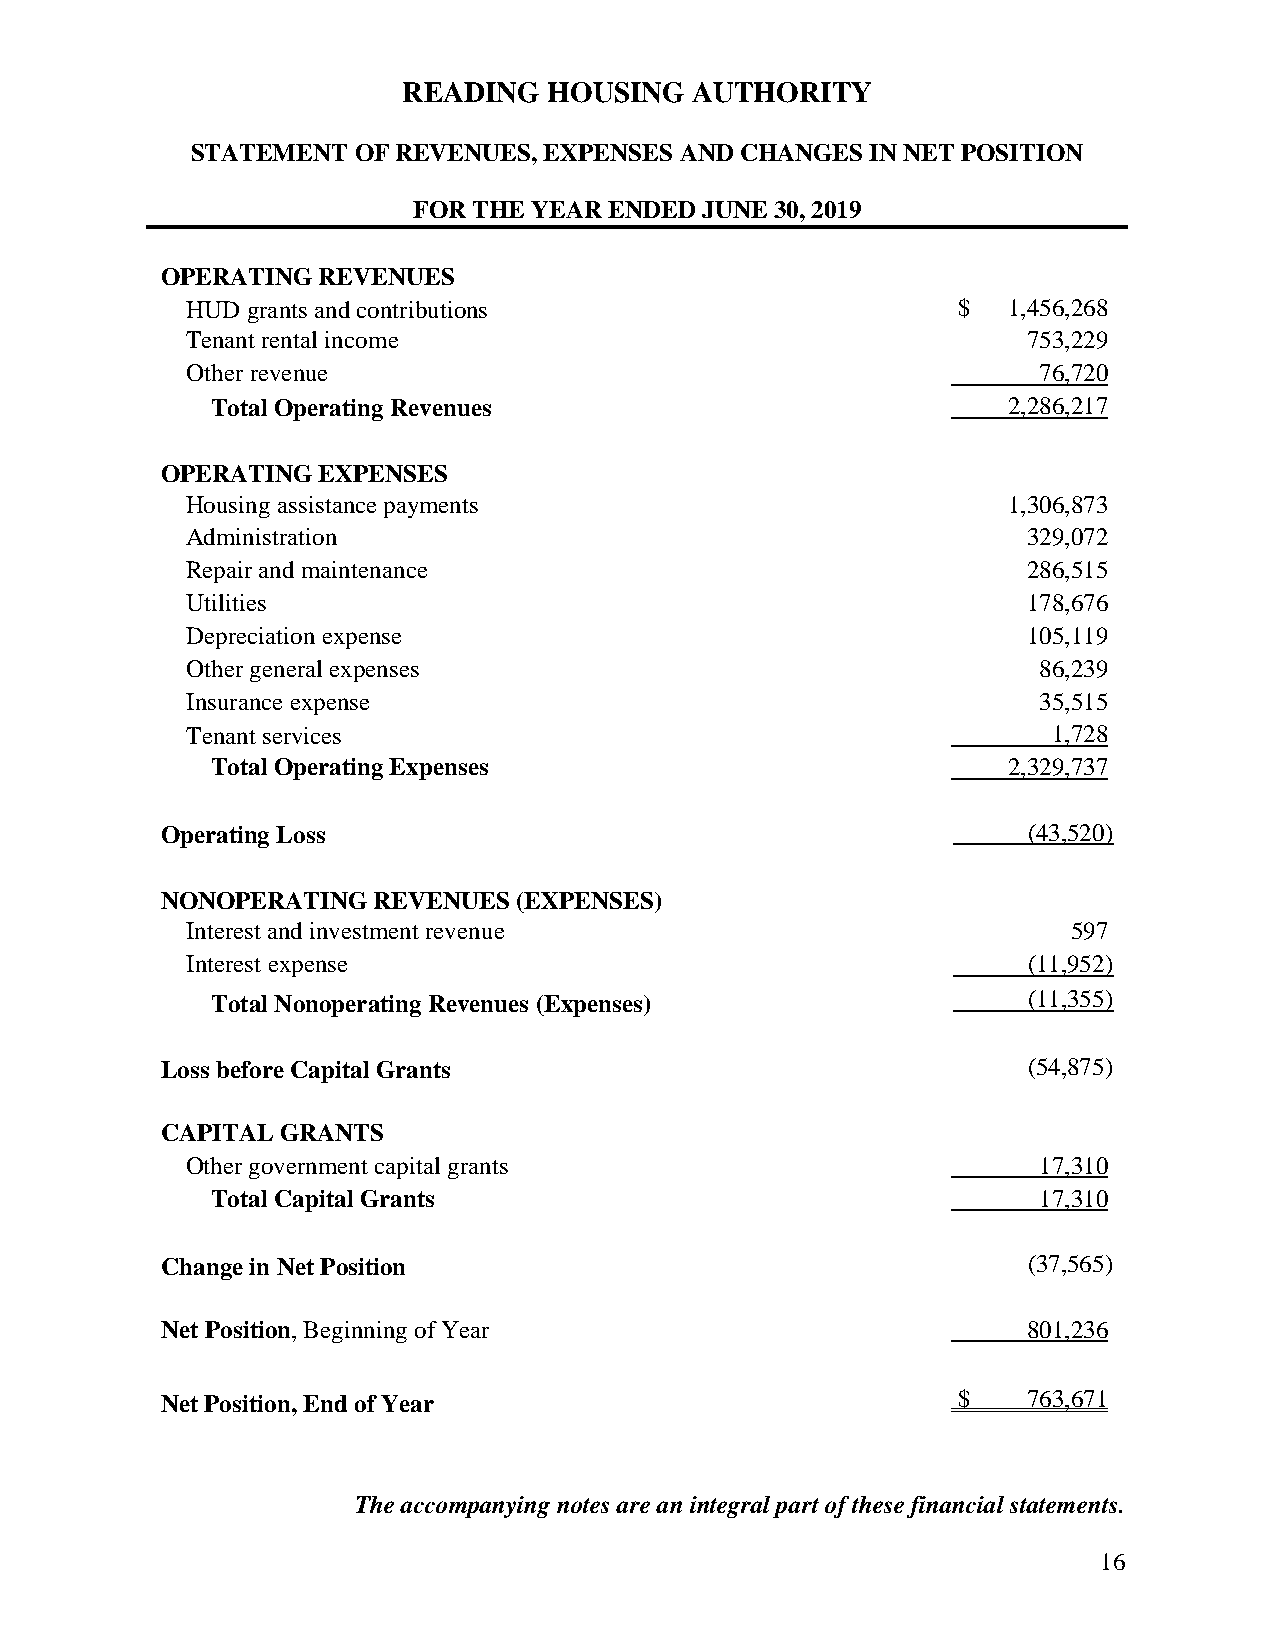
READING  HOUSING   AUTHORITY
 STATEMENT OF REVENUES, EXPENSES AND CHANGES  IN NET POSITION
 FOR THE YEAR ENDED  JUNE 30, 2019
 OPERATING REVENUES
 HUD grants and contributions                       $   1,456,268
 Tenant rental income                                    753,229
 Other revenue                                            76,720
 Total Operating Revenues                             2,286,217
 OPERATING EXPENSES
 Housing assistance payments                            1,306,873
 Administration                                          329,072
 Repair and maintenance                                  286,515
 Utilities                                               178,676
 Depreciation expense                                    105,119
 Other general expenses                                   86,239
 Insurance expense                                        35,515
 Tenant services                                           1,728
 Total Operating Expenses                             2,329,737
 Operating Loss                                           (43,520)
 NONOPERATING  REVENUES (EXPENSES)
 Interest and investment revenue                            597
 Interest expense                                        (11,952)
 Total Nonoperating Revenues (Expenses)                (11,355)
 Loss before Capital Grants                               (54,875)
 CAPITAL GRANTS
 Other government capital grants                          17,310
 Total Capital Grants                                   17,310
 Change in Net Position                                   (37,565)
 Net Position, Beginning of Year                          801,236
 Net Position, End of Year                           $    763,671
 The accompanying notes are an integral part of these financial statements.
 16